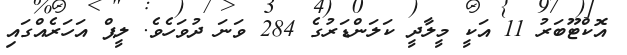
އޮކްޓޫބަރު 11 އަކީ މީލާދީ ކަލަންޑަރުގެ 284 ވަނަ ދުވަހެވެ. ލީޕް އަހަރެއްގައި